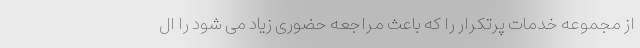
از مجموعه خدمات پرتکرار را که باعث مراجعه حضوری زیاد می شود را ال